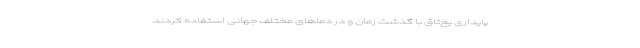
پایداری یخ‌تاق با گذشت زمان و در دماهای مختلف جهانی استفاده کردند.